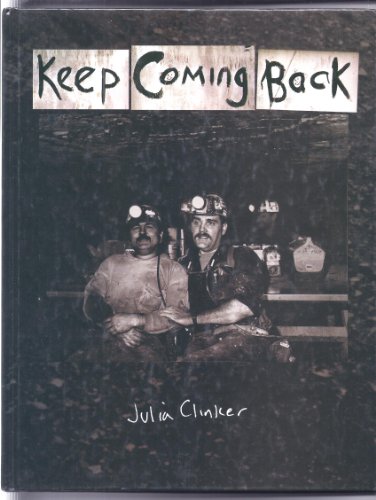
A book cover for Keep coming back; Julia Clinker; Travel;